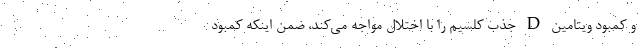
و کمبود ویتامین D جذب کلسیم را با اختلال مواجه می‌کند، ضمن اینکه کمبود